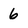
Character: 6